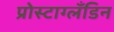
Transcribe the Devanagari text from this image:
प्रोस्टाग्लँडिन